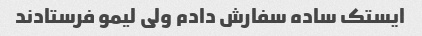
ایستک ساده سفارش دادم ولی لیمو فرستادند